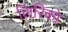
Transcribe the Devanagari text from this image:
लिरिको